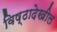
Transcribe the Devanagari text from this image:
विष्ठादेखील